Civil Veterinary Dept. Bombay admin report 1907-1913 - 1907-1913
Year: 1907
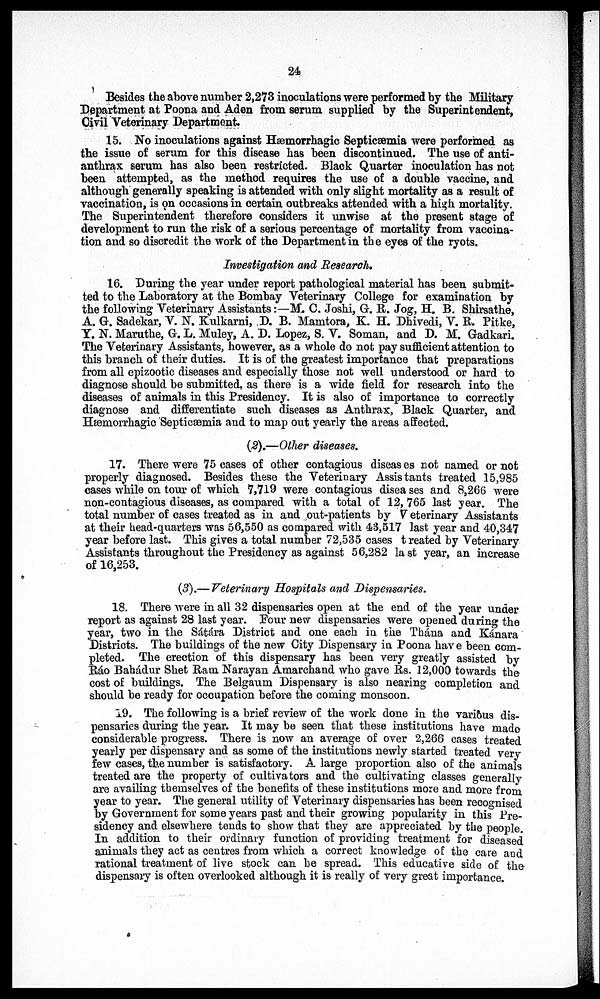
24
Besides the above number 2,273 inoculations were performed by the Military
Department at Poona and Aden from serum supplied by the Superintendent,
Civil Veterinary Department.
15. No inoculations against Hæmorrhagic Septicæmia were performed as
the issue of serum for this disease has been discontinued. The use of anti-
anthrax serum has also been restricted. Black Quarter inoculation has not
been attempted, as the method requires the use of a double vaccine, and
although generally speaking is attended with only slight mortality as a result of
vaccination, is on occasions in certain outbreaks attended with a high mortality.
The Superintendent therefore considers it unwise at the present stage of
development to run the risk of a serious percentage of mortality from vaccina-
tion and so discredit the work of the Department in the eyes of the ryots.
Investigation and Research.
16. During the year under report pathological material has been submit-
ted to the Laboratory at the Bombay Veterinary College for examination by
the following Veterinary Assistants:—M. C. Joshi, G. R. Jog, H. B. Shirsathe,
A. G. Sadekar, V. N. Kulkarni, D. B. Mamtora, K. H. Dhivedi, V. R. Pitke,
Y. N. Maruthe, G. L. Muley, A. D. Lopez, S. V. Soman, and D. M. Gadkari.
The Veterinary Assistants, however, as a whole do not pay sufficient attention to
this branch of their duties. It is of the greatest importance that preparations
from all epizootic diseases and especially those not well understood or hard to
diagnose should be submitted, as there is a wide field for research into the
diseases of animals in this Presidency. It is also of importance to correctly
diagnose and differentiate such diseases as Anthrax, Black Quarter, and
Hæmorrhagic Septicæmia and to map out yearly the areas affected.
(2).—Other diseases,
17. There were 75 cases of other contagious diseases not named or not
properly diagnosed. Besides these the Veterinary Assistants treated 15,985
cases while on tour of which 7,719 were contagious diseases and 8,266 were
non-contagious diseases, as compared with a total of 12, 765 last year. The
total number of cases treated as in and out-patients by Veterinary Assistants
at their head-quarters was 56,550 as compared with 43,517 last year and 40,347
year before last. This gives a total number 72,535 cases treated by Veterinary
Assistants throughout the Presidency as against 56,282 last year, an increase
of 16,253.
(3).— Veterinary Hospitals and Dispensaries.
18. There were in all 32 dispensaries open at the end of the year under
report as against 28 last year. Pour new dispensaries were opened during the
year, two in the Sátára District and one each in the Thána and Kánara
Districts. The buildings of the new City Dispensary in Poona have been com-
pleted. The erection of this dispensary has been very greatly assisted by
Ráo Bahádur Shet Ram Narayan Amarchand who gave Rs. 12,000 towards the
cost of buildings. The Belgaum Dispensary is also nearing completion and
should be ready for occupation before the coming monsoon.
19. The following is a brief review of the work done in the various dis-
pensaries during the year. It may be seen that these institutions have made
considerable progress. There is now an average of over 2,266 cases treated
yearly per dispensary and as some of the institutions newly started treated very
few cases, the number is satisfactory. A large proportion also of the animals
treated are the property of cultivators and the cultivating classes generally
are availing themselves of the benefits of these institutions more and more from
year to year. The general utility of Veterinary dispensaries has been recognised
by Government for some years past and their growing popularity in this Pre-
sidency and elsewhere tends to show that they are appreciated by the people.
In addition to their ordinary function of providing treatment for diseased
animals they act as centres from which a correct knowledge of the care and
rational treatment of live stock can be spread. This educative side of the
dispensary is often overlooked although it is really of very great importance.